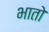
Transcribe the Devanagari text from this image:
भातो